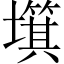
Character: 𡒬